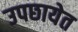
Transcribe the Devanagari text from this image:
उपछायेत